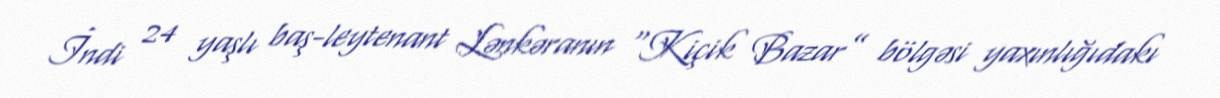
İndi 24 yaşlı baş-leytenant Lənkəranın “Kiçik Bazar” bölgəsi yaxınlığıdakı